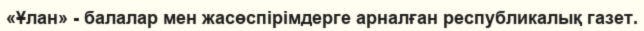
«Ұлан» - балалар мен жасөспірімдерге арналған республикалық газет.